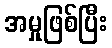
အမှုဖြစ်ပြီး